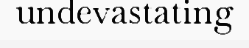
undevastating